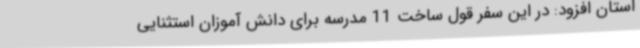
استان افزود: در این سفر قول ساخت 11 مدرسه برای دانش آموزان استثنایی